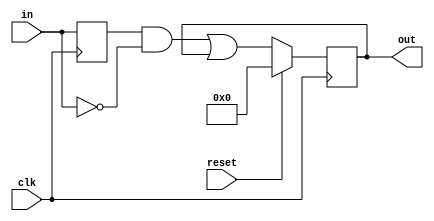
module top_module (
    input clk,
    input reset,
    input [31:0] in,
    output [31:0] out
);

    reg [31:0] temp;

    always @(posedge clk) begin
        temp <= in;
        if(reset)
            out = 32'h0;
        else 
            out = (temp & ~in) | out;
    end

endmodule